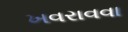
ખવરાવવા